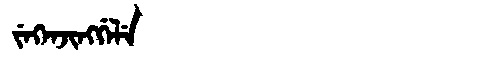
Manchu: ᠵᡝᡴᡝᠨᠵᡳᠩᡤᡝᠯᡝ
Romanization: JEKENJINGGELE